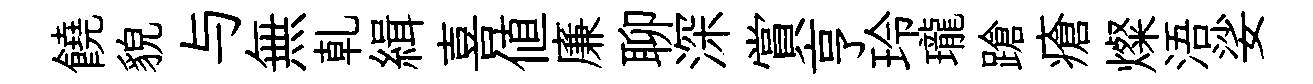
饒貌与無乹緝喜值廉聊深賞亨玲瓏蹌瘡燦浯娑